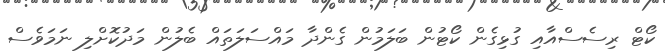
ކޯޓް ރިސެސްއާއި ގުޅިގެން ކޯޓުން ބަލަމުން ގެންދާ މައްސަލަތައް ބެލުން މަދުކޮށްލި ނަމަވެސް